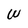
Character: W